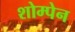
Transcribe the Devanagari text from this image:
शोम्पेन